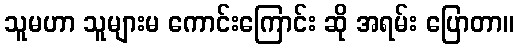
သူမဟာ သူများမ ကောင်းကြောင်း ဆို အရမ်း ပြောတာ။